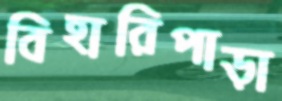
বিহারিপাড়া